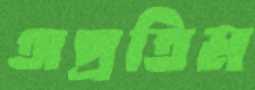
অপ্রতিম